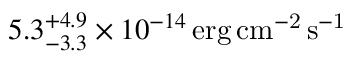
5 . 3 _ { - 3 . 3 } ^ { + 4 . 9 } \times 1 0 ^ { - 1 4 } \mathrm { \, e r g \, c m ^ { - 2 } \, s ^ { - 1 } }